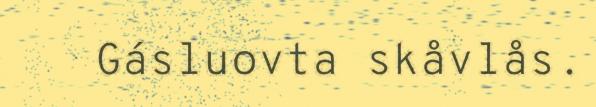
Gásluovta skåvlås.